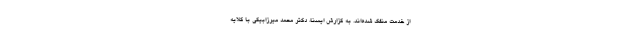
از خدمت منفک شده‌اند. به گزارش ایسنا، دکتر محمد میرزابیگی با گلایه